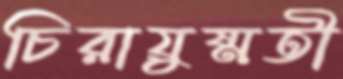
চিরায়ুষ্মতী